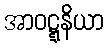
အာဝဋ္ဋနိယာ